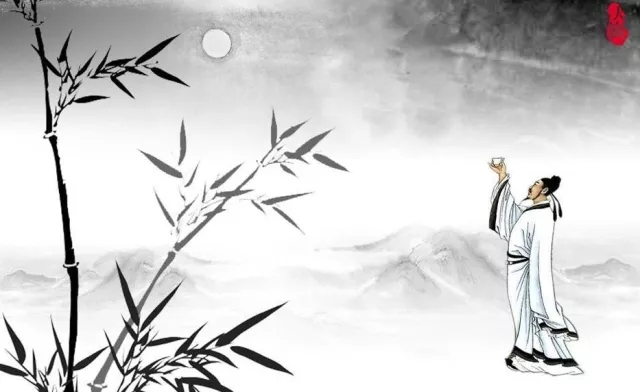
日色欲尽花含烟，月明欲素愁不眠。